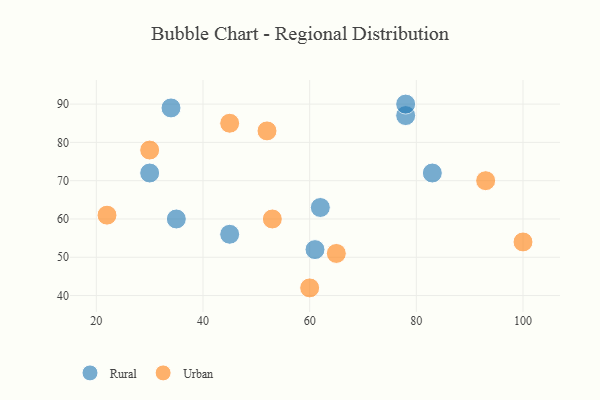
{"axis": {"x": "GDP", "y": "Life Expectancy"}, "legend": ["Rural", "Urban"], "data": [{"x": "61", "y": 52, "type": "Rural"}, {"x": "78", "y": 87, "type": "Rural"}, {"x": "35", "y": 60, "type": "Rural"}, {"x": "45", "y": 56, "type": "Rural"}, {"x": "30", "y": 72, "type": "Rural"}, {"x": "78", "y": 90, "type": "Rural"}, {"x": "62", "y": 63, "type": "Rural"}, {"x": "83", "y": 72, "type": "Rural"}, {"x": "34", "y": 89, "type": "Rural"}, {"x": "53", "y": 60, "type": "Urban"}, {"x": "65", "y": 51, "type": "Urban"}, {"x": "22", "y": 61, "type": "Urban"}, {"x": "100", "y": 54, "type": "Urban"}, {"x": "45", "y": 85, "type": "Urban"}, {"x": "60", "y": 42, "type": "Urban"}, {"x": "52", "y": 83, "type": "Urban"}, {"x": "30", "y": 78, "type": "Urban"}, {"x": "93", "y": 70, "type": "Urban"}]}